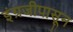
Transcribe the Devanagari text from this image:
इंग्रजीपासून